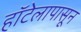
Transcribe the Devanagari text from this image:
हॉटेलापासून